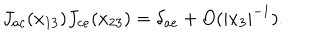
J _ { a c } ( x _ { 1 3 } ) J _ { c e } ( x _ { 2 3 } ) = \delta _ { a e } + O ( | x _ { 3 } | ^ { - 1 } ) .